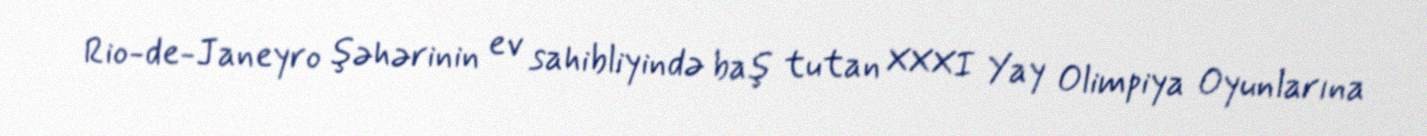
Rio-de-Janeyro şəhərinin ev sahibliyində baş tutan XXXI Yay Olimpiya Oyunlarına